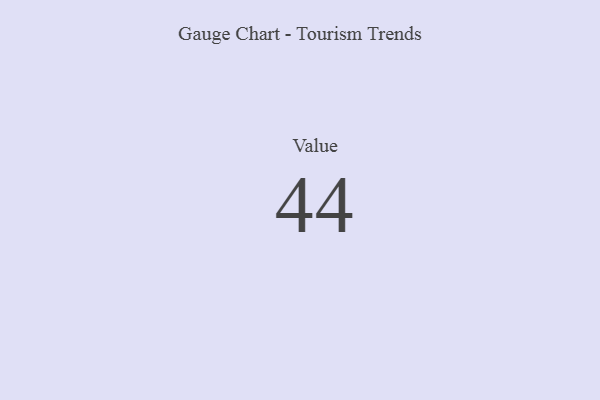
{"axis": {"x": "Metric", "y": "Value"}, "legend": [""], "data": [{"x": "Value", "y": 44, "type": ""}]}